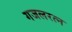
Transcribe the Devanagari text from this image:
गजलरत्‍न